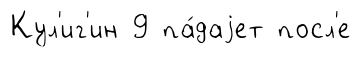
Кул'иг'ин 9 па́даjет посл'е